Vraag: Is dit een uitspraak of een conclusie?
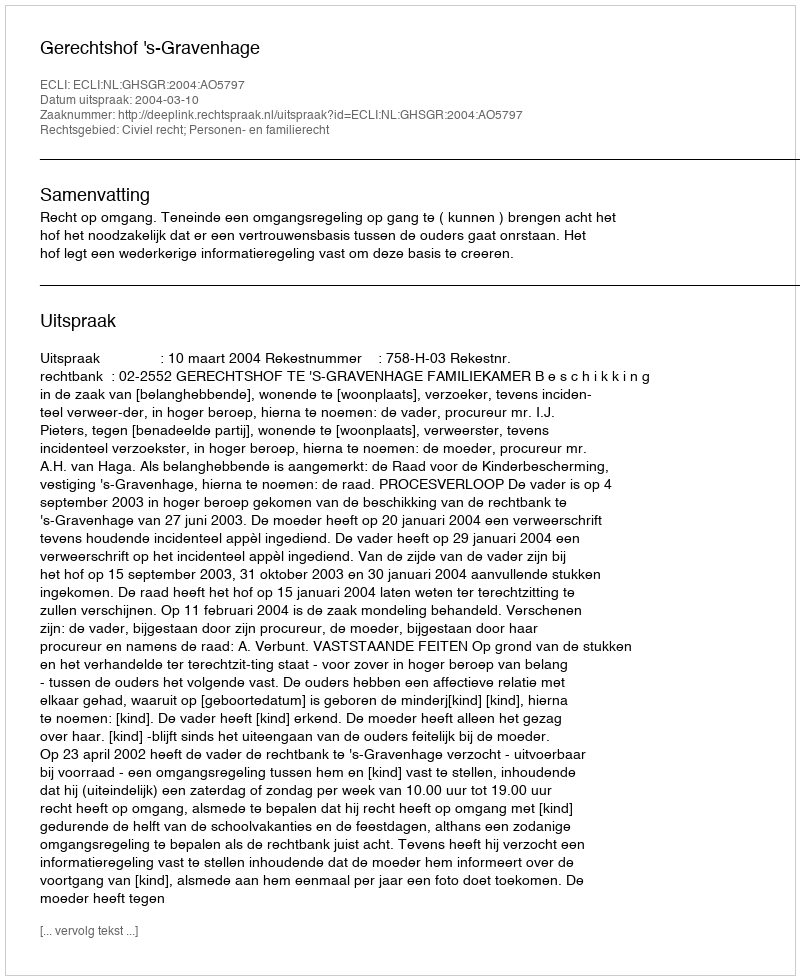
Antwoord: Uitspraak